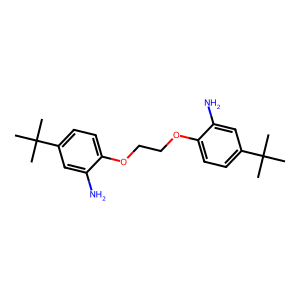
SMILES: CC(C)(C)c1ccc(OCCOc2ccc(C(C)(C)C)cc2N)c(N)c1
Inhibits HIV replication: No